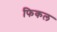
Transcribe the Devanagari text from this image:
फिकल